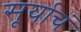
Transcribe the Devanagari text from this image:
सूर्याचं